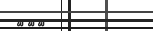
٢٦٨